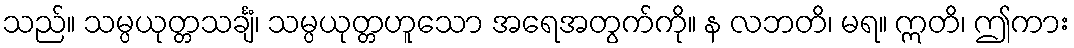
သည်။ သမ္ပယုတ္တသင်္ချံ၊ သမ္ပယုတ္တဟူသော အရေအတွက်ကို။ န လဘတိ၊ မရ။ ဣတိ၊ ဤကား